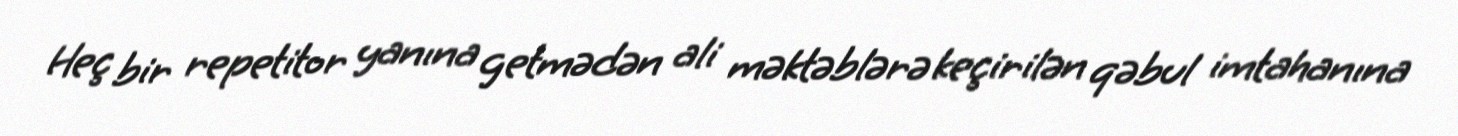
Heç bir repetitor yanına getmədən ali məktəblərə keçirilən qəbul imtahanına